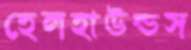
হেলহাউন্ডস